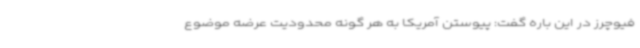
فیوچرز در این باره گفت: پیوستن آمریکا به هر گونه محدودیت عرضه موضوع